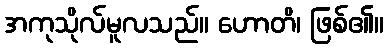
အကုသိုလ်မူလသည်။ ဟောတိ၊ ဖြစ်၏။